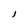
Character: 1